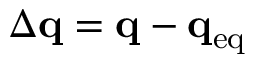
\Delta \mathbf { q } = \mathbf { q } - \mathbf { q } _ { \mathrm { e q } }